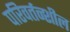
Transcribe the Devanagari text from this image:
परिवर्तन्शील